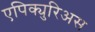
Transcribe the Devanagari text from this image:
एपिक्युरिअस